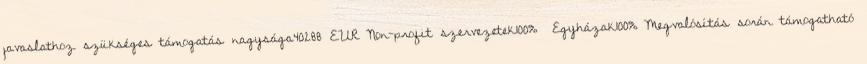
javaslathoz szükséges támogatás nagysága40288 EUR▪Non-profit szervezetek100% ▪Egyházak100%▪Megvalósítás során támogatható